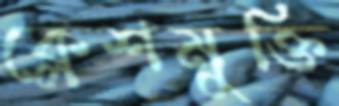
ক্লেশমুক্তি